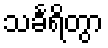
သင်္ခရိတွာ